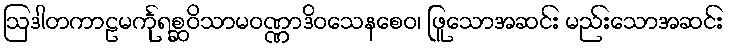
ဩဒါတကာဠမင်္ကုရစ္ဆဝိသာမဝဏ္ဏာဒိဝသေနစေဝ၊ ဖြူသောအဆင်း မည်းသောအဆင်း